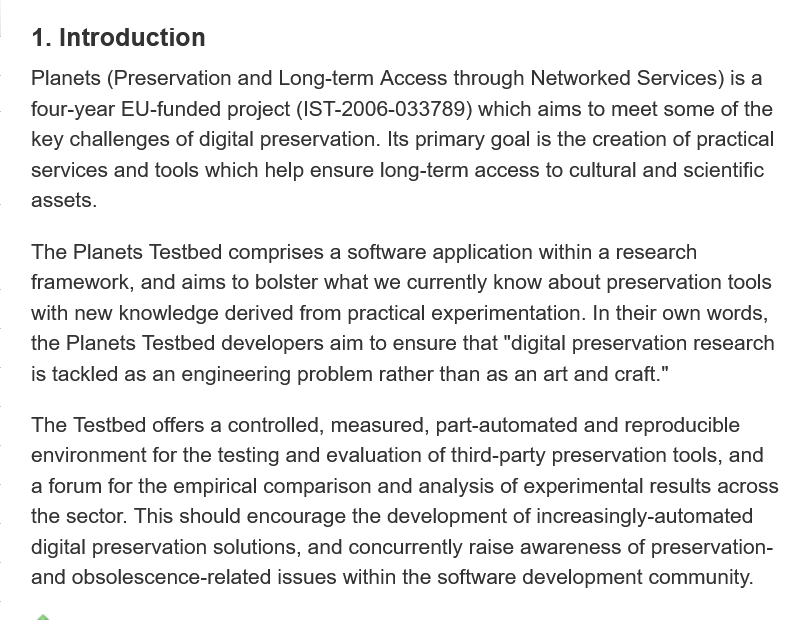
1. Introduction
    Planets (Preservation and Long-term Access through Networked Services) is a
    four-year EU-funded project (IST-2006-033789) which aims to meet some of the
    key challenges of digital preservation. Its primary goal is the creation of practical
    services and tools which help ensure long-term access to cultural and scientific
    assets.
    The Testbed offers a controlled, measured, part-automated and reproducible
    environment for the testing and evaluation of third-party preservation tools, and
    a forum for the empirical comparison and analysis of experimental results across
    the sector. This should encourage the development of increasingly-automated
    digital preservation solutions, and concurrently raise awareness of preservation-
    and obsolescence-related issues within the software development community.
    The Planets Testbed comprises a software application within a research
    framework, and aims to bolster what we currently know about preservation tools
    with new knowledge derived from practical experimentation. In their own words,
    the Planets Testbed developers aim to ensure that "digital preservation research
    is tackled as an engineering problem rather than as an art and craft."